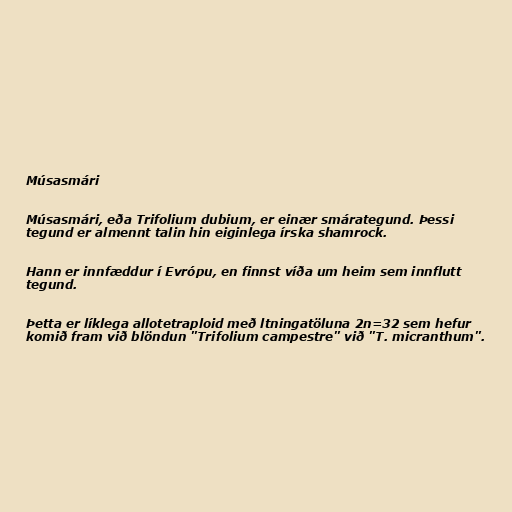
Músasmári

Músasmári, eða Trifolium dubium, er einær smárategund. Þessi
tegund er almennt talin hin eiginlega írska shamrock.

Hann er innfæddur í Evrópu, en finnst víða um heim sem innflutt
tegund.

Þetta er líklega allotetraploid með ltningatöluna 2n=32 sem hefur
komið fram við blöndun "Trifolium campestre" við "T. micranthum".